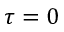
\tau = 0